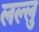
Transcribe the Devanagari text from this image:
लल्लु